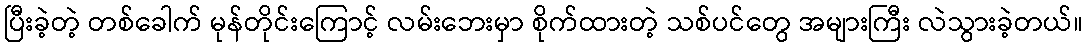
ပြီးခဲ့တဲ့ တစ်ခေါက် မုန်တိုင်းကြောင့် လမ်းဘေးမှာ စိုက်ထားတဲ့ သစ်ပင်တွေ အများကြီး လဲသွားခဲ့တယ်။